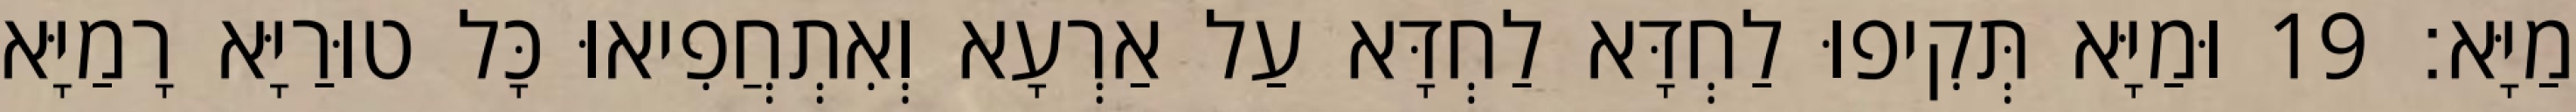
מַיָּא׃ 19 וּמַיָּא תְּקִיפוּ לַחְדָּא לַחְדָּא עַל אַרְעָא וְאִתְחֲפִיאוּ כָּל טוּרַיָּא רָמַיָּא